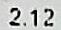
2.12